Scottish Leaving Certificate Examination, 1953
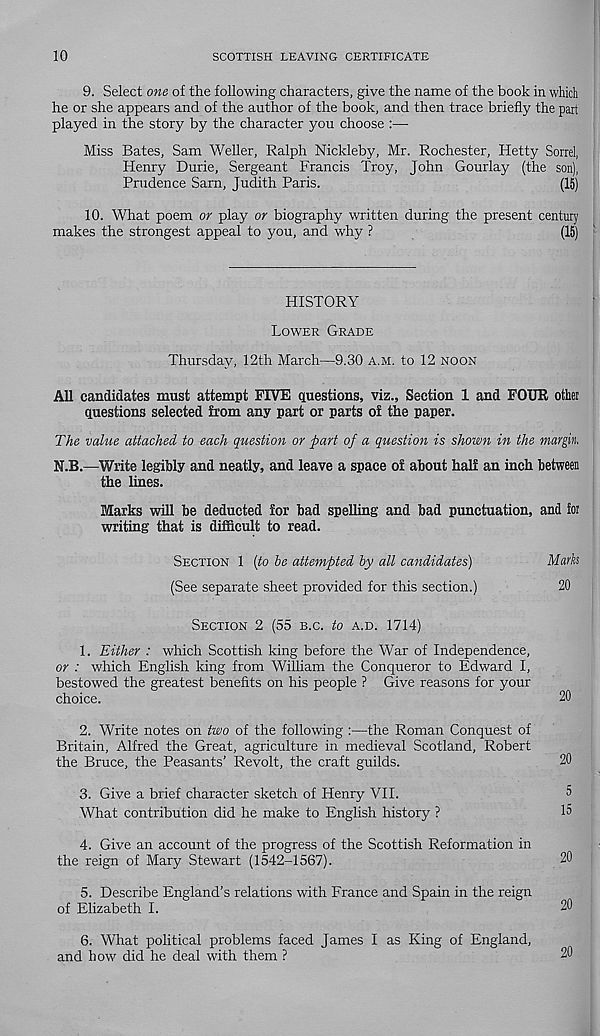
10
SCOTTISH LEAVING CERTIFICATE
9. Select one of the following characters, give the name of the book in which
he or she appears and of the author of the book, and then trace briefly the part
played in the story by the character you choose :—
Miss Bates, Sam Weller, Ralph Nickleby, Mr. Rochester, Hetty Sorrel,
Henry Durie, Sergeant Francis Troy, John Gourlay (the son),
Prudence Sarn, Judith Paris.
(15)
10. What poem or play or biography written during the present century
makes the strongest appeal to you, and why ?
(15)
HISTORY
LOWER GRADE
Thursday, 12th March—9.30 A.M. to 12 NOON
All candidates must attempt FIVE questions, viz.. Section 1 and FOUR other
questions selected from any part or parts of the paper.
The value attached to each question or part of a question is shown in the margin,
N.B.—Write legibly and neatly, and leave a space of about half an inch between
the lines.
Marks will be deducted for bad spelling and bad punctuation, and ior
writing that is difficult to read.
SECTION 1 (to be attempted by all candidates)
Marks
(See separate sheet provided for this section.)
20
SECTION 2 (55 B.C. to A.D. 1714)
1.
Either : which Scottish king before the War o
or : which English king from William the Conqueror to Edward I,
bestowed the greatest benefits on his people ? Give reasons for your
choice.
20
2. Write notes on two of the following :—the Roman Conquest of
Britain, Alfred the Great, agriculture in medieval Scotland, Robert
the Bruce, the Peasants’ Revolt, the craft guilds.
20
3. Give a brief character sketch of Henry VII.
5
What contribution did he make to English history ?
15
4. Give an account of the progress of the Scottish Reformation in
the reign of Mary Stewart (1542-1567).
20
5. Describe England’s relations with France and Spain in the reign
of Elizabeth I.
20
6.
What political problems faced James I as K
and how did he deal with them ?